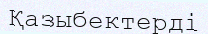
Қазыбектерді